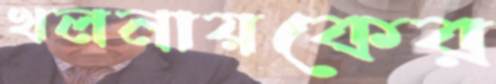
খলনায়কের